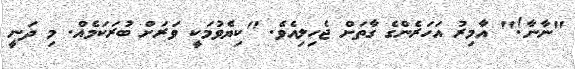
"ނާނާ!" އާމިރު އަހަރެންގެ ގާތަށް ޖެހިލިއެވެ. "ކިޔެވުމަކީ ވަރަށް ބުރަކަމެއް. މި ދަނީ